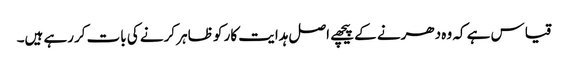
قیاس ہے کہ وہ دھرنے کے پیچھے اصل ہدایت کار کو ظاہر کرنے کی بات کررہے ہیں۔